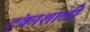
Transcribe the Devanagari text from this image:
टंकाशाली